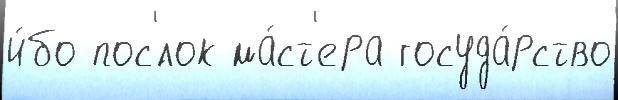
и́бо пос'́лок ма́ст'ера госуда́рство